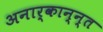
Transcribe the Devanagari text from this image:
अनार्कान्न्त